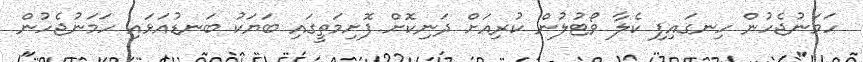
ހަމަނުޖެހުން ހިނގައިފި ކެލާ ވޯޓުލުން ކުރިއަށް ދަނިކޮށް ފޮށިމަތީގައި ބަޔަކު ބަނޑުއަޅައި ހަމަނުޖެހުން